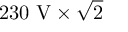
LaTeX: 2 3 0 { \mathrm { ~ V } } \times { \sqrt { 2 } }